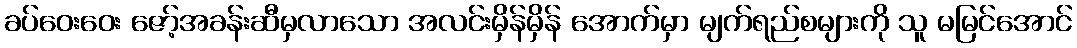
ခပ်ဝေးဝေး ဇော့်အခန်းဆီမှလာသော အလင်းမှိန်မှိန် အောက်မှာ မျက်ရည်စများကို သူ မမြင်အောင်